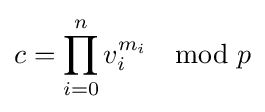
c=\prod _{i=0}^{n}v_{i}^{m_{i}}\mod p